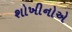
શોખીનોએ